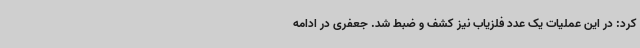
کرد: در این عملیات یک عدد فلزیاب نیز کشف و ضبط شد. جعفری در ادامه